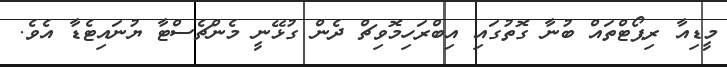
މީޑިއާ ރިޕޯޓްތައް ބުނާ ގޮތުގައި އިބްރަހިމޮވިޗް ދެން ގުޅޭނީ މެންޗެސްޓާ ޔުނައިޓެޑާ އެވެ.